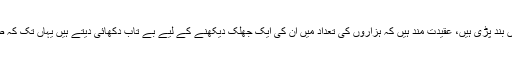
دارالحکومت واشنگٹن میں ان کے استقبال کے لیے سڑکیں بند پڑی ہیں، عقیدت مند ہیں کہ ہزاروں کی تعداد میں ان کی ایک جھلک دیکھنے کے لیے بے تاب دکھائی دیتے ہیں یہاں تک کہ صدر براک اوباما بھی ان کے لیے استقبالیہ دے رہے ہیں۔